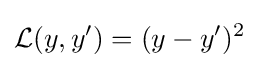
{\mathcal {L}}(y,y')=(y-y')^{2}